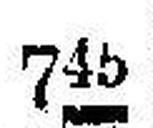
745